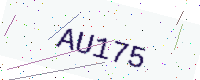
Text: AU175